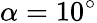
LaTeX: \alpha=10^{\circ}